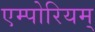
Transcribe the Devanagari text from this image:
एम्पोरियम्